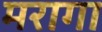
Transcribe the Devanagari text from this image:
मरागा